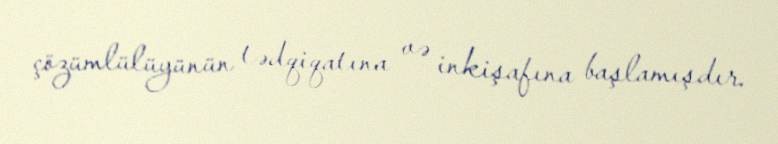
çözümlülüyünün tədqiqatına və inkişafına başlamışdır.